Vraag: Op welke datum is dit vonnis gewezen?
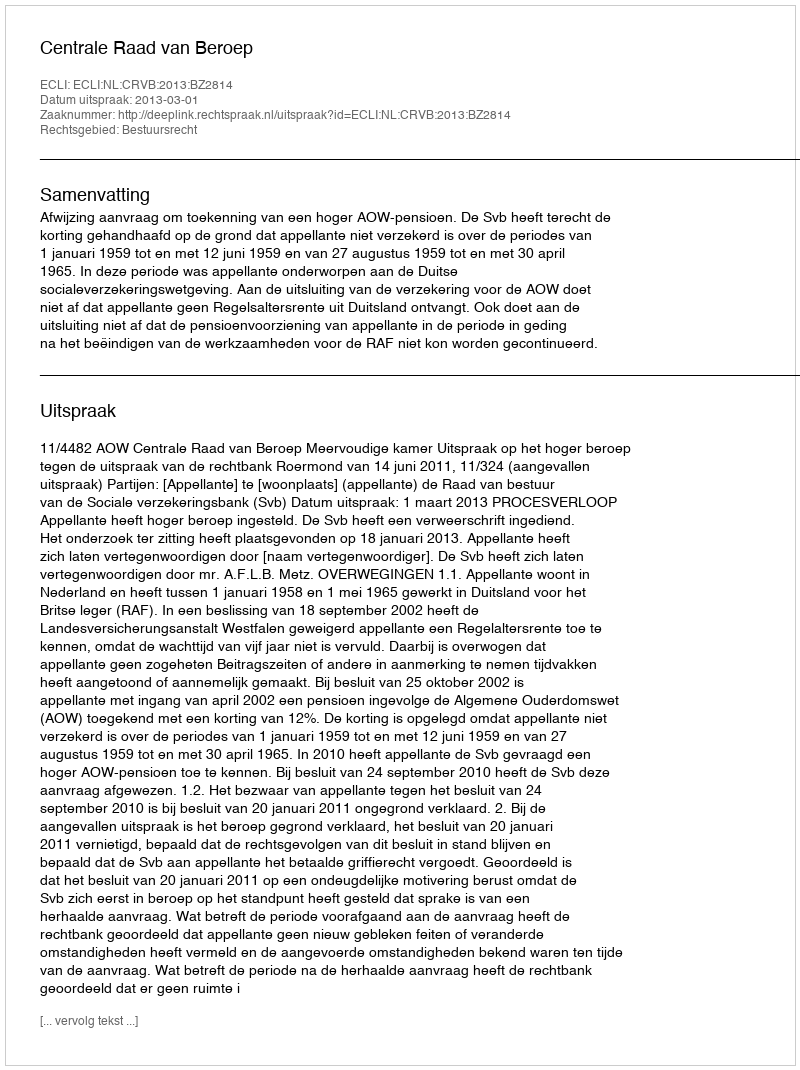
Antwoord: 2013-03-01